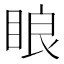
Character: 䀶